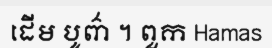
ដើម បូព៌ា ។ ពួក Hamas